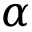
\alpha